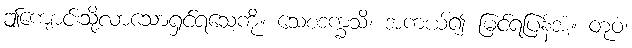
ဤကျောင်းသို့လာသောရှင်ရသေ့ကို။ သေစဒက္ခသိ၊ အကယ်၍ မြင်ရပြန်အံ့။ တုဝံ၊